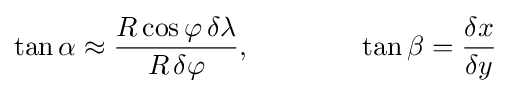
\tan \alpha \approx {\frac {R\cos \varphi \,\delta \lambda }{R\,\delta \varphi }},\qquad \qquad \tan \beta ={\frac {\delta x}{\delta y}}